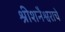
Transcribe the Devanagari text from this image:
श्रीशनैश्वराचे